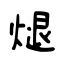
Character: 煺